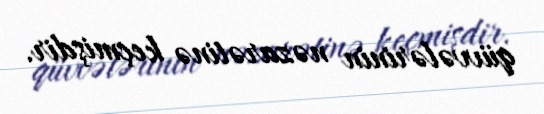
qüvvələrinin nəzarətinə keçmişdir.